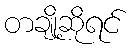
တချို့ဆိုရင်